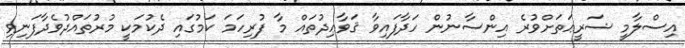
އިސްލާމީ ޝަރީޢަތަށްވުރެ އިންސާނުން ހަދާފައިވާ ޤަވާޢިދުތައް މާ ފުރިހަމަ ކަމުގައި ދެކުމަކީ މުރުތައްދުވެދާފަނިވި